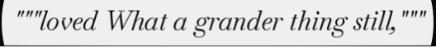
"""loved What a grander thing still,"""